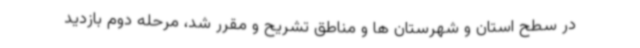
در سطح استان و شهرستان ها و مناطق تشریح و مقرر شد، مرحله دوم بازدید